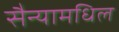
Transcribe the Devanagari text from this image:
सैन्यामधिल